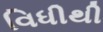
વિધીથી